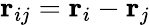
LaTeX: \mathbf{r}_{ij}=\mathbf{r}_{i}-\mathbf{r}_{j}